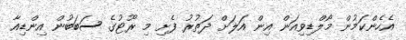
އެހެންކަމުން މޯލްޑިވިއަން އިން އަލަށް ދަތުރު ފެށި މި ރޫޓުގެ ސަބަބުން އިންޑިއާ